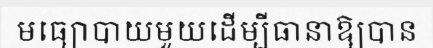
មធ្យោបាយមួយដើម្បីធានាឱ្យបាន